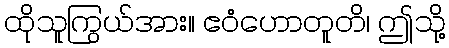
ထိုသူကြွယ်အား။ ဧဝံဟောတူတိ၊ ဤသို့